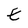
Character: E